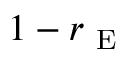
1 - r _ { \mathrm { ~ E ~ } }